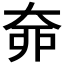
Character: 𡘣